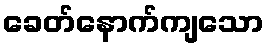
ခေတ်နောက်ကျသော